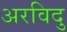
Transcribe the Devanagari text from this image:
अरविदु